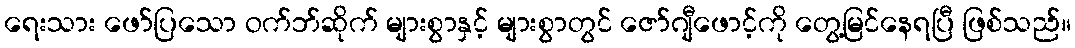
ရေးသား ဖော်ပြသော ဝက်ဘ်ဆိုက် များစွာနှင့် များစွာတွင် ဇော်ဂျီဖောင့်ကို တွေ့မြင်နေရပြီ ဖြစ်သည်။